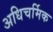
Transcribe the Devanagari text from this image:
अधिचर्मिक